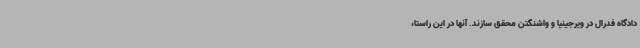
دادگاه فدرال در ویرجینیا و واشنگتن محقق سازند. آنها در این راستا،